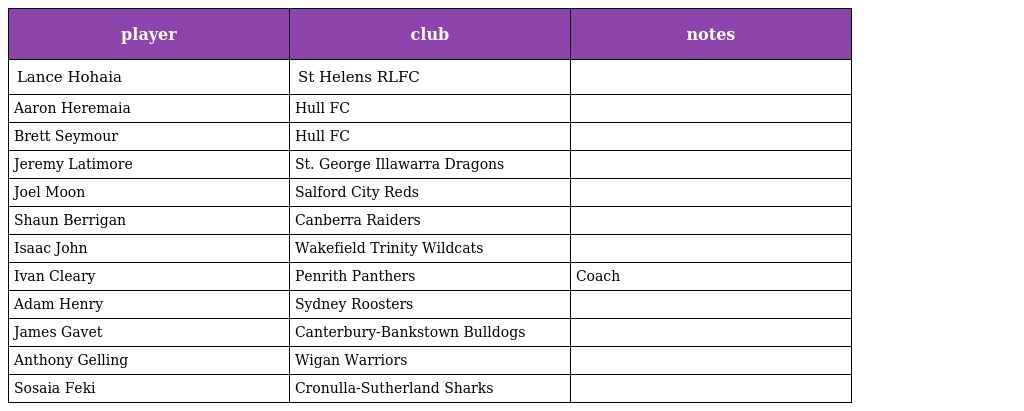
| player | club | notes |
 | --- | --- | --- |
 | Lance Hohaia | St Helens RLFC |  |
 | Aaron Heremaia | Hull FC |  |
 | Brett Seymour | Hull FC |  |
 | Jeremy Latimore | St. George Illawarra Dragons |  |
 | Joel Moon | Salford City Reds |  |
 | Shaun Berrigan | Canberra Raiders |  |
 | Isaac John | Wakefield Trinity Wildcats |  |
 | Ivan Cleary | Penrith Panthers | Coach |
 | Adam Henry | Sydney Roosters |  |
 | James Gavet | Canterbury-Bankstown Bulldogs |  |
 | Anthony Gelling | Wigan Warriors |  |
 | Sosaia Feki | Cronulla-Sutherland Sharks |  |